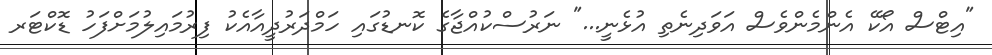
"އިޓްސް އޯކޭ އެންމެންވެސް އަވަދިނެތި އުޅެނީ..." ނަރުސްކުއްޖާގެ ކޮނޑުގައި ހަމްދަރުދީއާއެކު ފިރުމައިލުމަށްފަހު ޑޮކްޓަރ